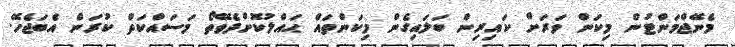
މެނޭޖްމަންޓުން މިކަން ވަރަށް ކައިރިން ބަލައިގެން މިކަންތައް ޙައްލުކޮށްދެވޭތޯ މަސައްކަތް ކުރަން އެބަޖެހޭ.